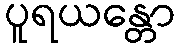
ပူရယန္တော